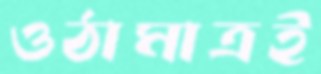
ওঠামাত্রই